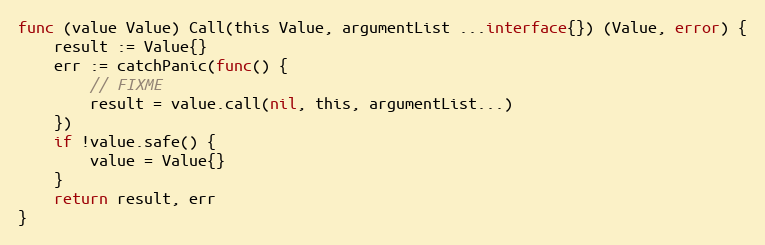
Language: Go
func (value Value) Call(this Value, argumentList ...interface{}) (Value, error) {
	result := Value{}
	err := catchPanic(func() {
		// FIXME
		result = value.call(nil, this, argumentList...)
	})
	if !value.safe() {
		value = Value{}
	}
	return result, err
}